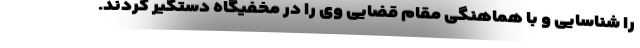
را شناسایی و با هماهنگی مقام قضایی وی را در مخفیگاه دستگیر کردند.